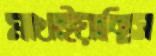
মাখাইয়াছিস